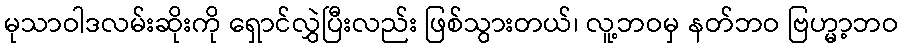
မုသာဝါဒလမ်းဆိုးကို ရှောင်လွှဲပြီးလည်း ဖြစ်သွားတယ်၊ လူ့ဘဝမှ နတ်ဘဝ ဗြဟ္မာ့ဘဝ